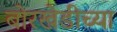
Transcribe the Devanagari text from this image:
बोरखेडीच्या